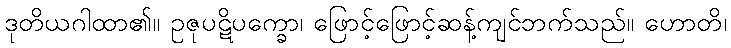
ဒုတိယဂါထာ၏။ ဥဇုပဋိပက္ခော၊ ဖြောင့်ဖြောင့်ဆန့်ကျင်ဘက်သည်။ ဟောတိ၊